Annual report of the Central Committee of the Association together with the report of the directors of the Pasteur Institute at Kasauli
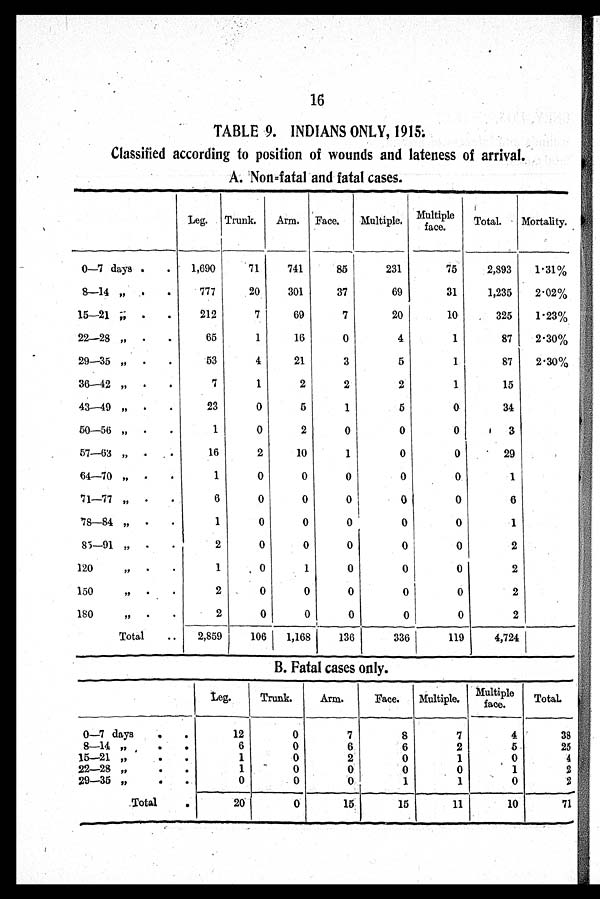
16
TABLE 9. INDIANS ONLY, 1915.
Classified according to position of wounds and lateness of arrival.
A. Non=fatal and fatal cases.
Leg. Trunk.
Arm. Face.
Multiple. Multiple
face.
Total.
Mortality.
0—7 days .
.
1,690
71
741
85
231
75
2,893
1·31 %
8—14 „ . .
777
20
301
37
69
31
1,235
2·02%
15—21 „ . .
212
7
69
7
20
10
325
1·23%
22—28 ,, .
.
65
1
16
0
4
1
87
2·30 %
29—35 ,, .
.
53
4
21
3
5
1
87
2·30 %
36—42 ,,
.
. 7
1
2
2
2
1
15
43—49 ” .
.
23
0
5
1
5
0
34
50—56 ,, .
.
1
0
2
0
0
0
3
57—63 ,, .
.
16
2
10
1
0
0
29
64—70 ,,
.
. 1
0
0
0
0
0
1
71—77 ”
.
. 6
0
0
0
0
0
6
78—84 „
.
.
1
0
0
0
0
0
1
85—91 ,, .
.
2
0
0
0
0
0
2
120
”
.
.
1
0 1
0
0
0
2
150
„ .
.
2
0
0
0
0
0
2
180
„ .
.
2
0
0
0
0
0
2
Total
..
2,859
106 1,168 136
336
119
4,724
B. Fatal cases only.
L e g .
Trunk.
Arm.
Face.
Multiple.
Multiple
face.
Total.
0—7 days
.
.
8—14 „
. .
15—21 ,,
. .
22—28 „
. .
29—35 „
. .
12
6
1
1
0
0
0
0
0
0
7
6
2
0
0
8
6
0
0
1
7
2
1
0
1
4
5
0
1
0
38
25
4
2
2
Total
.
20
0
15
15
11
10
71